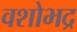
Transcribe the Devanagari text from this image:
वशोभद्र